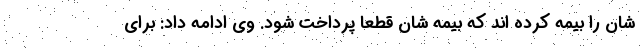
شان را بیمه کرده اند که بیمه شان قطعا پرداخت شود. وی ادامه داد: برای